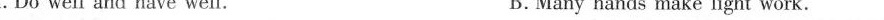
C.Where there is life ,there is hope D.A friend in need is a friend indeed.